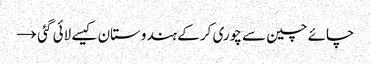
چائے چین سے چوری کر کے ہندوستان کیسے لائی گئی →